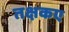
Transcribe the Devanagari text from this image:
तक्षकए